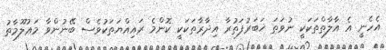
އެހެނީ އެ އާލާތްތަކަކީ ނުވަތަ ޚަބަރުފަތުރާ އިދާރާތަކަކީ ކޮންމެ ރައިއްޔަތަކުވެސް ބޭނުންވާ މަޢުލޫމާތު